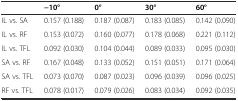
|  | -10° | 0° | 30° | 60° |
 | --- | --- | --- | --- | --- |
 | IL vs. SA | 0.157 (0.188) | 0.187 (0.087) | 0.183 (0.085) | 0.142 (0.090) |
 | IL vs. RF | 0.153 (0.072) | 0.160 (0.077) | 0.178 (0.068) | 0.221 (0.112) |
 | IL vs. TFL | 0.092 (0.030) | 0.104 (0.044) | 0.089 (0.033) | 0.095 (0.030) |
 | SA vs. RF | 0.167 (0.048) | 0.133 (0.052) | 0.151 (0.051) | 0.171 (0.064) |
 | SA vs. TFL | 0.073 (0.070) | 0.087 (0.023) | 0.096 (0.039) | 0.096 (0.025) |
 | RF vs. TFL | 0.078 (0.017) | 0.079 (0.026) | 0.083 (0.034) | 0.092 (0.035) |